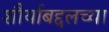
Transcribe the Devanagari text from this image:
शौर्याबद्दलच्या